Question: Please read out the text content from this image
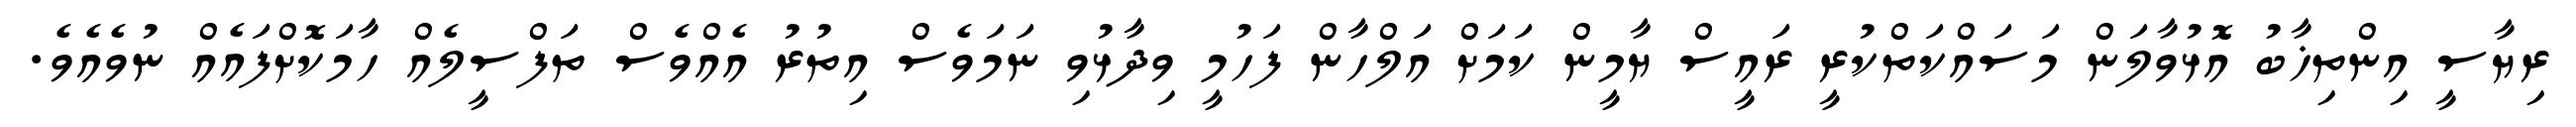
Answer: ރިޔާސީ އިންތިޚާބު އޮޅުވާލަން މަސައްކަތްކުރީ ރައީސް ޔާމީން ކަމަށް އަލްހާން ފަހުމީ ވިދާޅުވި ނަމަވެސް އިތުރު އެއްވެސް ތަފްސީލެއް ހާމަކޮށްފައެއް ނުވެއެވެ.